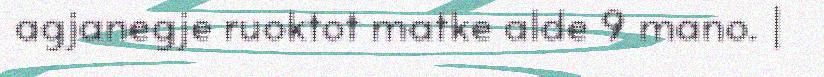
agjanegje ruoktot matke alde 9 mano. |